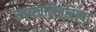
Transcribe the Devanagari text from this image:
स्वयंचलितरित्या